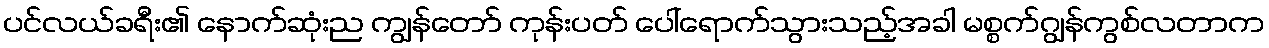
ပင်လယ်ခရီး၏ နောက်ဆုံးည ကျွန်တော် ကုန်းပတ် ပေါ်ရောက်သွားသည့်အခါ မစ္စက်ဂျွန်ကွစ်လတာက